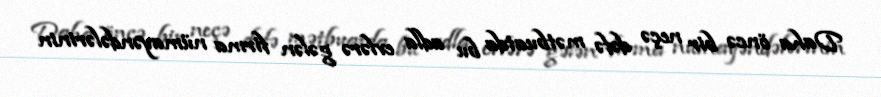
Daha öncə bir neçə dəfə mətbuatda bu adla evlərə gələn firma nümayəndələrinin